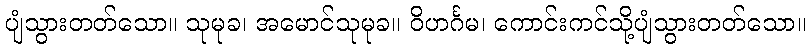
ပျံသွားတတ်သော။ သုမုခ၊ အမောင်သုမုခ။ ဝိဟင်္ဂမ၊ ကောင်းကင်သို့ပျံသွားတတ်သော။